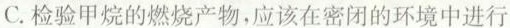
C.检验甲烷的燃烧产物，应该在密闭的环境中进行